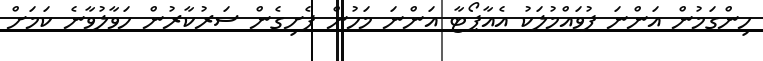
ހިންގަމުން އަންނަ ފުވައްމުލަކު އެއާޕޯޓާ އަންނަ މަހުން ފެށިގެން ސަރުކާރުން ހަވާލުވާނެ ކަމަށް